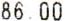
86.00